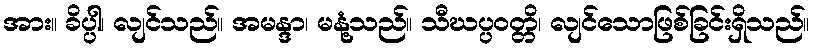
အား။ ခိပ္ပါ၊ လျင်သည်။ အမန္ဒာ၊ မနုံ့သည်။ သီဃပ္ပဝတ္တိ၊ လျင်သောဖြစ်ခြင်းရှိသည်။